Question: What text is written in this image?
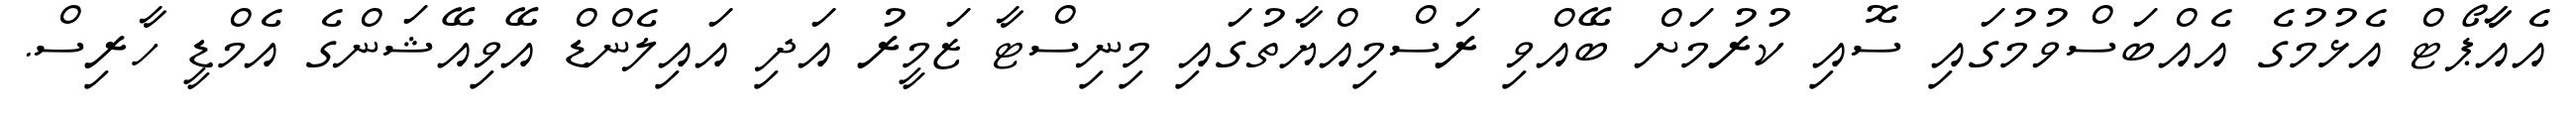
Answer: އެއާާޕޯޓް އެޅުމުގެ އެއްބަސްވުމުގައި ސޮއި ކުރުމަށް ބޭއްވި ރަސްމިއްޔާތުގައި މިނިސްޓާ ޒަމީރު އަދި އައިލެންޑް އޭވިއޭޝަންގެ އެމްޑީ ހާރިސް.